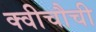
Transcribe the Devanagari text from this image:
क्वीचौची